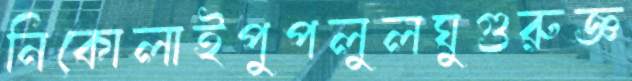
নিকোলাইপুপলুলঘুগুরুজ্ঞ